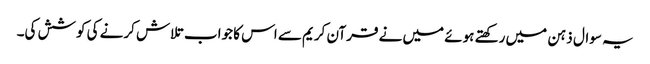
یہ سوال ذہن میں رکھتے ہوئے میں نے قرآن کریم سے اس کا جواب تلاش کرنے کی کوشش کی۔